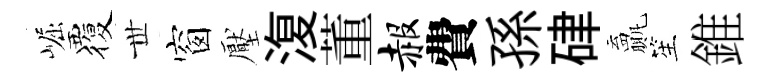
崛覆𠀍窗壓𣸪董赧費孫硉贏笙錐